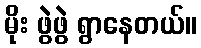
မိုး ဖွဲဖွဲ ရွာနေတယ်။